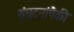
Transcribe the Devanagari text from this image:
संघटनांपैकी